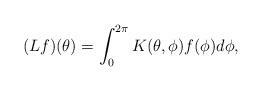
LaTeX: \begin{align*} (Lf)(\theta)=\int_0^{2\pi}K(\theta,\phi)f(\phi)d\phi,\end{align*}